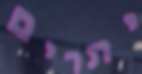
יתרים